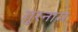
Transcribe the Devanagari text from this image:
गुरनाम